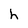
Character: h